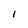
Character: l